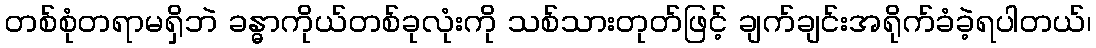
တစ်စုံတရာမရှိဘဲ ခန္ဓာကိုယ်တစ်ခုလုံးကို သစ်သားတုတ်ဖြင့် ချက်ချင်းအရိုက်ခံခဲ့ရပါတယ်၊